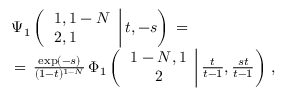
\begin{array} { l } { \displaystyle \Psi _ { 1 } \left( \left. \begin{array} { l } { 1 , 1 - N } \\ { 2 , 1 } \end{array} \right| t , - s \right) \, = \, } \\ { \, = \, \frac { \exp ( - s ) } { ( 1 - t ) ^ { 1 - N } } \, \Phi _ { 1 } \left( \left. \begin{array} { c } { 1 - N , 1 } \\ { 2 } \end{array} \right| \frac t { t - 1 } , \frac { s t } { t - 1 } \right) \, , \displaystyle } \end{array}